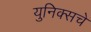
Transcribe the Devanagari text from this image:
युनिक्सचे